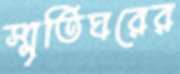
স্মৃতিঘরের